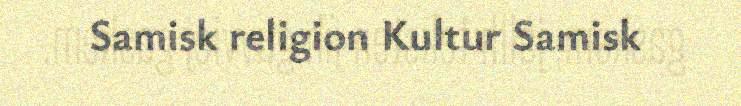
Samisk religion Kultur Samisk